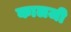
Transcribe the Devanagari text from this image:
कालजी